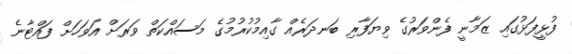
ފުޅީފަޅުގައި ޒަމާނީ ފެންވަރުގެ ވިޔަފާރި ބަނދަރެއް ގާއިމުކުރުމުގެ މަސައްކަތް ވަރަށް އަވަހަށް ފައްޓާނެ